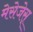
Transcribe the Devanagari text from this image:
मेसेजेस्